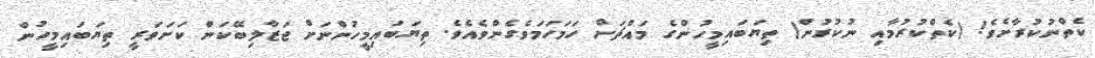
ކެތްނުކުރާށެވެ! (ކެތްކުރުމާއި ނުކުރުން) ތިޔަބައިމީހުންގެ މައްޗަށް ހަމަހަމަވެގެންވެއެވެ. ތިޔަބައިމީހުންނަށް ޖަޒާލިބޭކަން ކަށަވަރީ ތިޔަބައިމީހުން